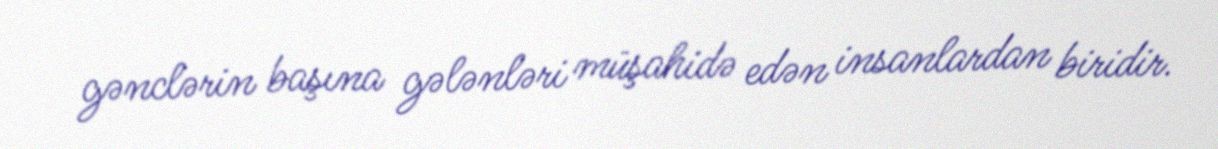
gənclərin başına gələnləri müşahidə edən insanlardan biridir.